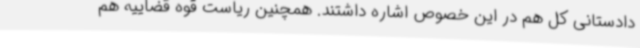
دادستانی کل هم در این خصوص اشاره داشتند. همچنین ریاست قوه قضاییه هم